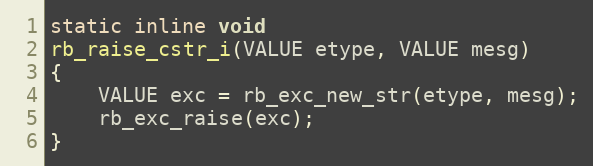
Language: C
static inline void
rb_raise_cstr_i(VALUE etype, VALUE mesg)
{
    VALUE exc = rb_exc_new_str(etype, mesg);
    rb_exc_raise(exc);
}